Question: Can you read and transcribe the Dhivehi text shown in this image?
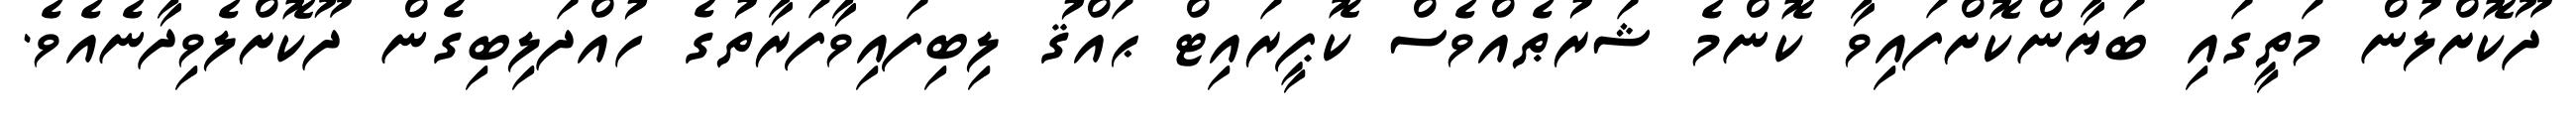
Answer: ދޫކޮށްލުން މަތީގައި ބަޔާންކޮށްފައިވާ ކޮންމެ ޝަރުޠެއްވެސް ކޮޕީރައިޓް ޙައްޤު ލިބިފައިވާފަރާތުގެ ހުއްދަލިބިގެން ދޫކޮށްލެވިދާނެއެވެ.